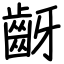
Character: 齖